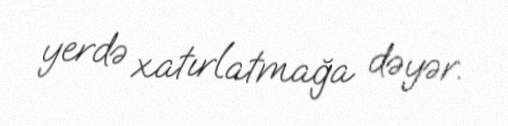
yerdə xatırlatmağa dəyər.